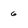
Character: 6